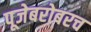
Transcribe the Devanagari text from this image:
पूजेबरोबरच